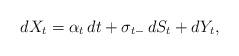
LaTeX: \begin{align*} dX_t = \alpha_t\,dt+\sigma_{t-}\,dS_t+dY_t,\end{align*}